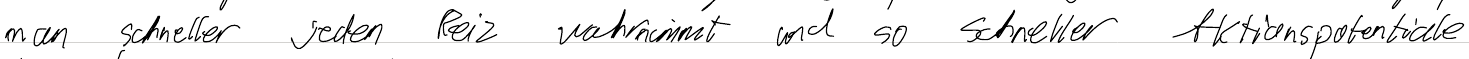
man schneller jeden Reiz wahrnimmt und so schneller Aktionspotentiale